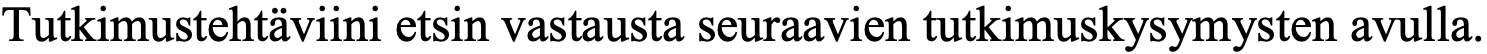
Tutkimustehtäviini etsin vastausta seuraavien tutkimuskysymysten avulla.